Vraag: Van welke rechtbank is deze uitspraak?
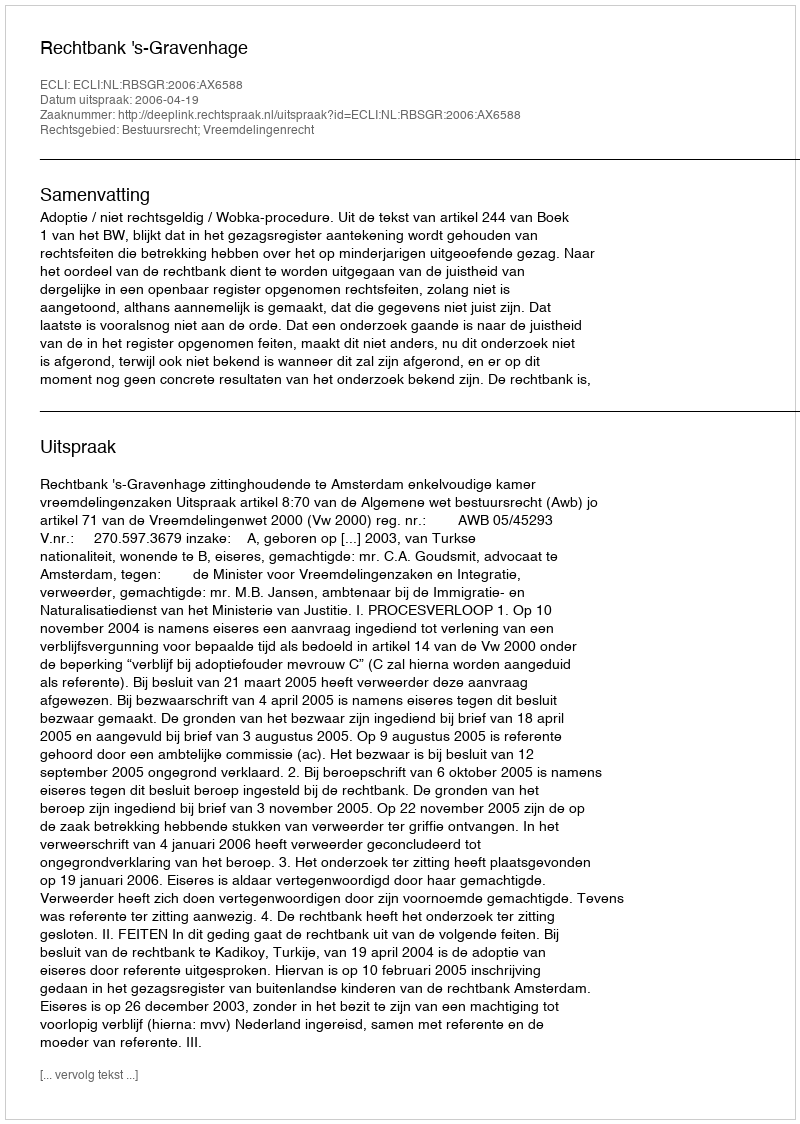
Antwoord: Rechtbank 's-Gravenhage